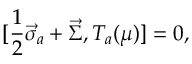
[ \frac { 1 } { 2 } \vec { \sigma } _ { a } + \vec { \Sigma } , T _ { a } ( \mu ) ] = 0 ,